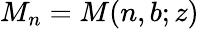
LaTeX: M_{n}=M(n,b;z)